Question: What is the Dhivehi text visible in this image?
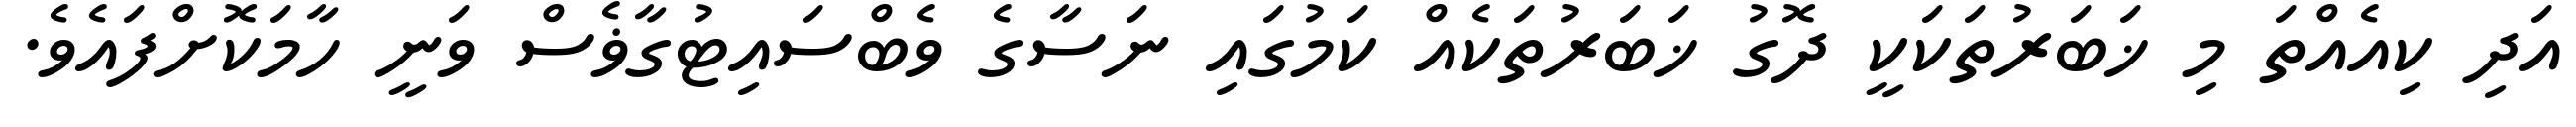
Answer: އަދި ކިއެއްތަ މި ޚަބަރުތަކަކީ ދޮގު ޚަބަރުތަކެއް ކަމުގައި ނަސާގެ ވެބްސައިޓުގާޥެސް ވަނީ ހާމަކޮށްފައެވެ.